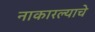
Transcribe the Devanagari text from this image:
नाकारल्याचे